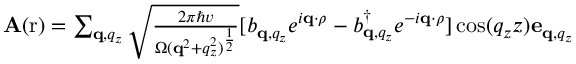
\begin{array} { r } { \mathbf A ( \mathrm r ) = \sum _ { \mathbf q , q _ { z } } \sqrt { \frac { 2 \pi \hbar v } { \Omega ( \mathbf q ^ { 2 } + q _ { z } ^ { 2 } ) ^ { \frac { 1 } { 2 } } } } [ b _ { \mathbf q , q _ { z } } e ^ { i \mathbf q \cdot \rho } - b _ { \mathbf q , q _ { z } } ^ { \dagger } e ^ { - i \mathbf q \cdot \rho } ] \cos ( q _ { z } z ) \mathbf e _ { \mathbf q , q _ { z } } } \end{array}